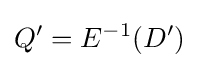
Q'=E^{-1}(D')